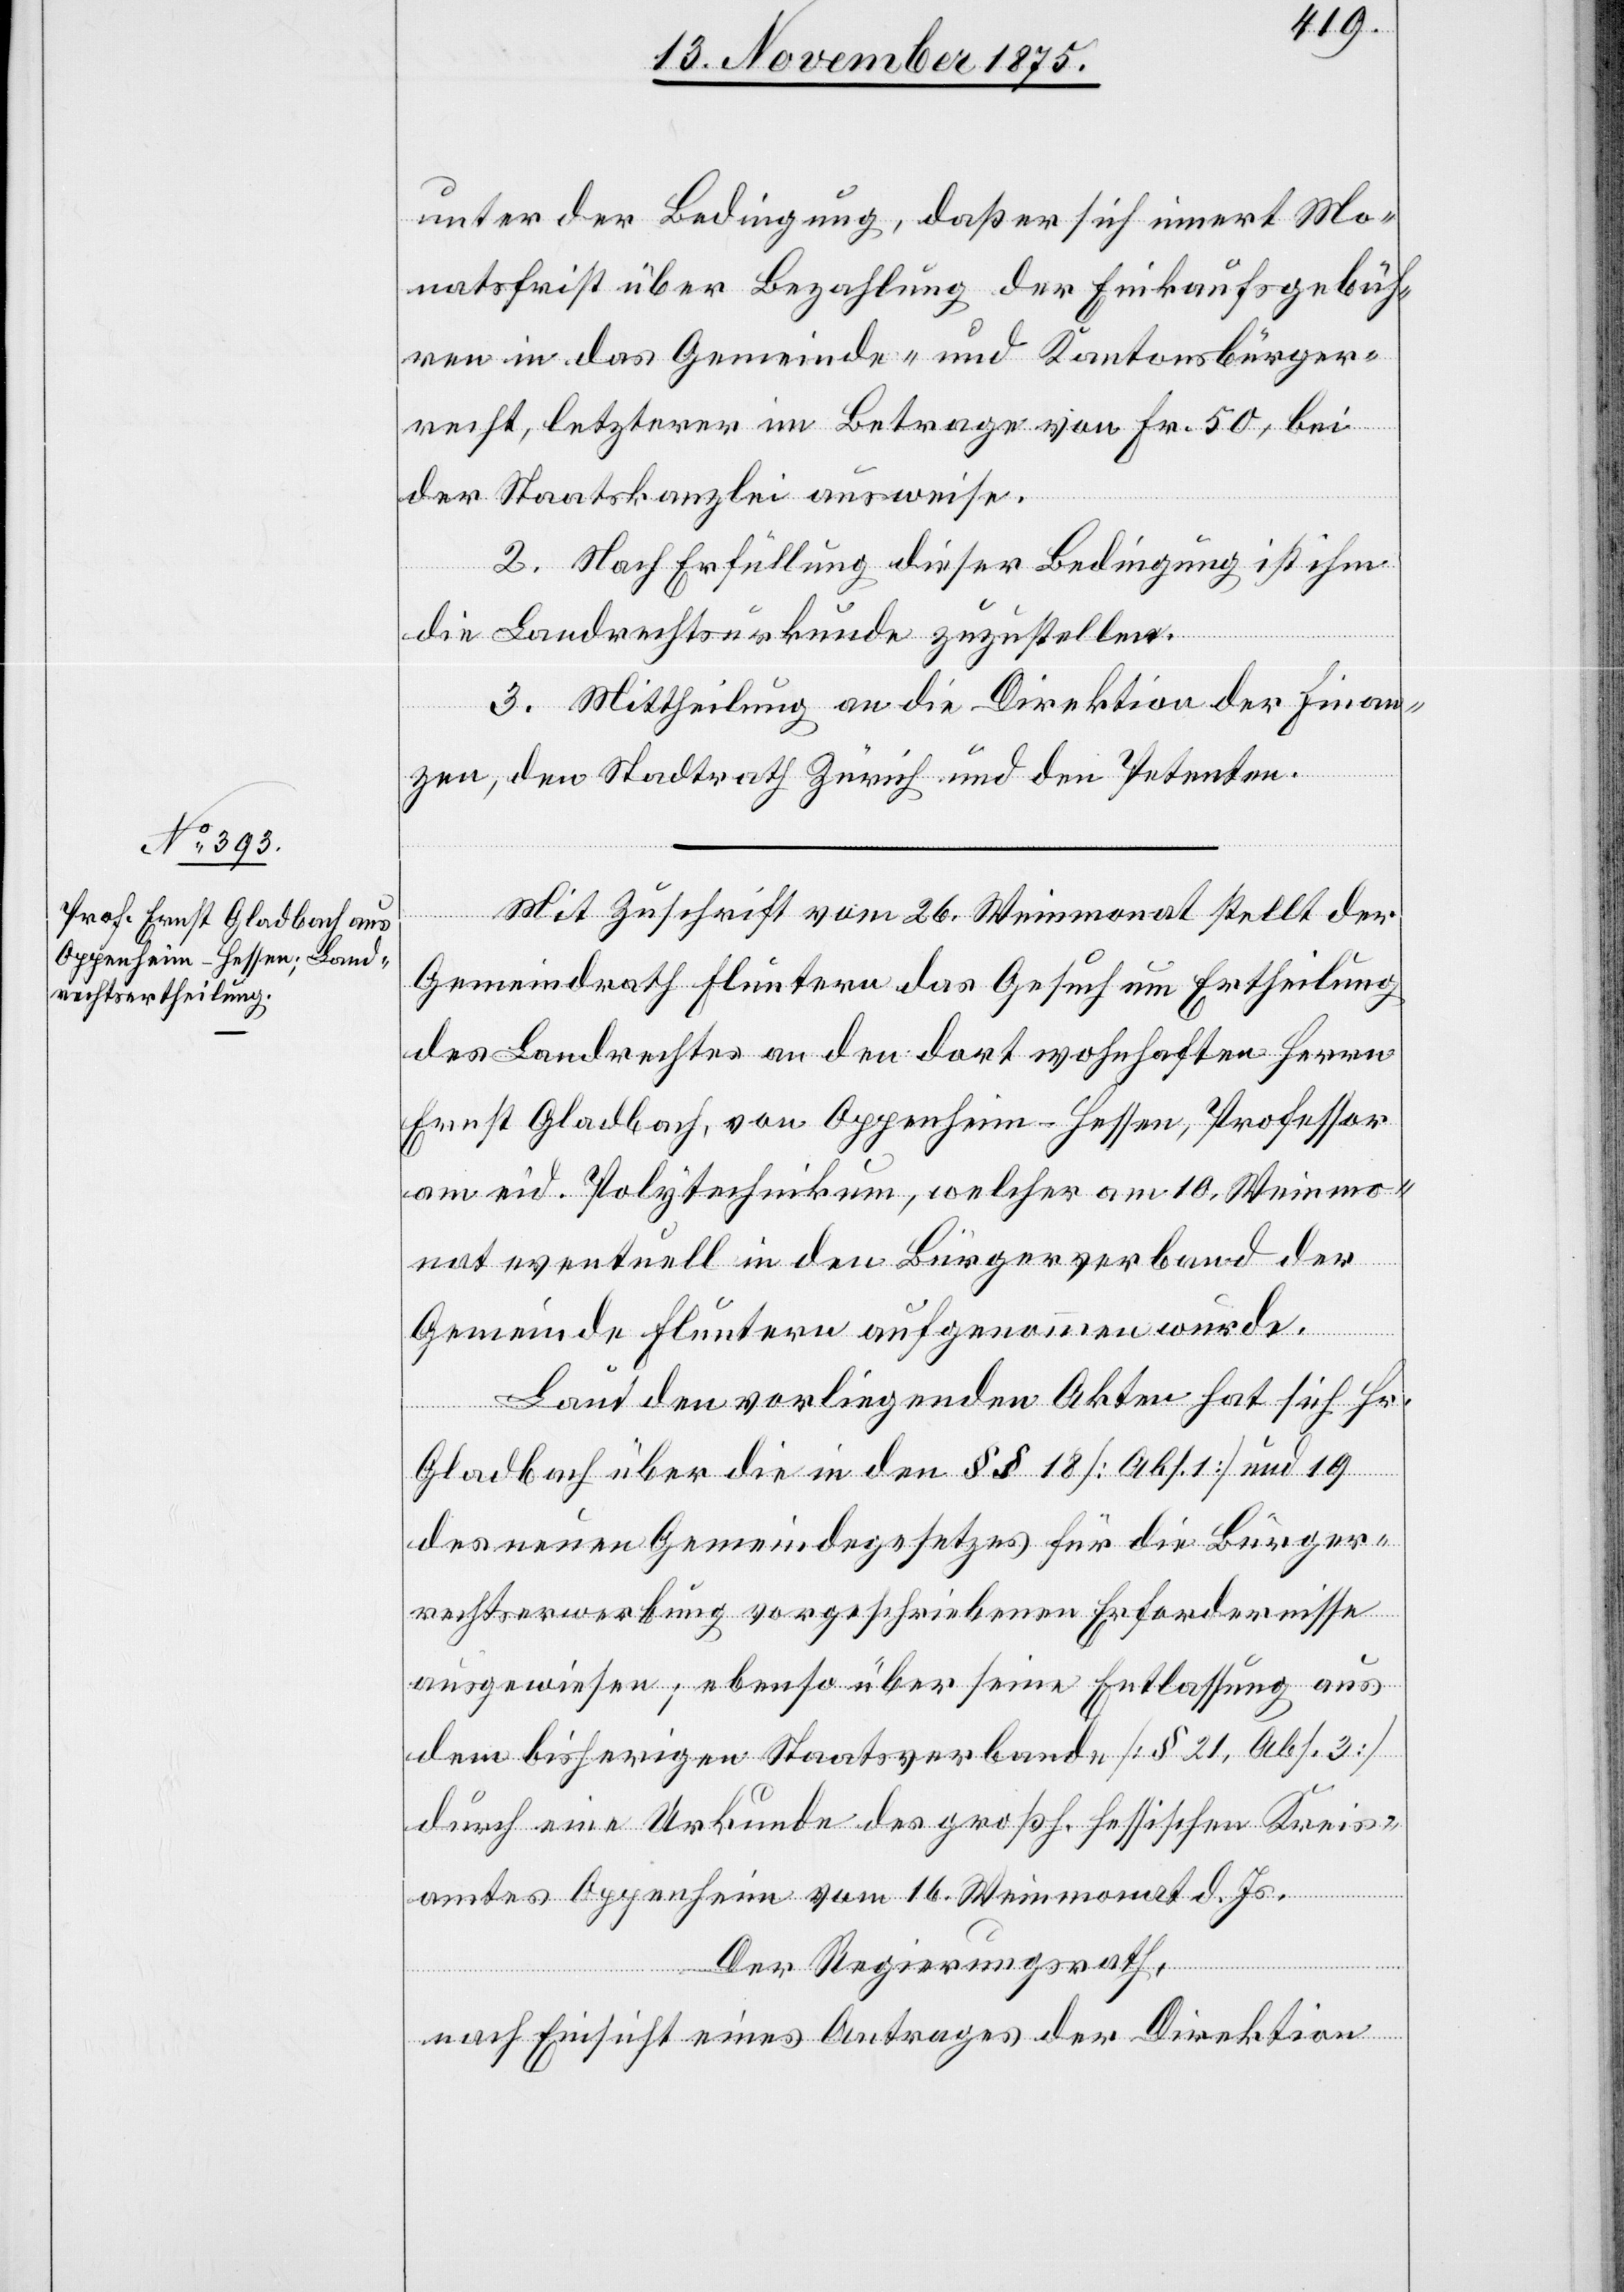
unter der Bedingung, daß er sich innert Mo¬
natsfrist über Bezahlung der Einkaufsgebüh¬
ren in das Gemeinde- und Kantonsbürger¬
recht, letzterer im Betrage von Fr. 50, bei
der Staatskanzlei ausweise.
2. Nach Erfüllung dieser Bedingung ist ihm
die Landrechtsurkunde zuzustellen.
3. Mittheilung an die Direktion der Finan¬
zen, den Stadtrath Zürich und den Petenten.
Mit Zuschrift vom 26. Weinmonat stellt der
Gemeindrath Fluntern das Gesuch um Ertheilung
des Landrechtes an den dort wohnhaften Herrn
Ernst Gladbach, von Oppenheim - Hessen, Professor
am eid. Polytechnikum, welcher am 10. Weinmo¬
nat eventuell in den Bürgerverband der
Gemeinde Fluntern aufgenommen wurde.
Laut den vorliegenden Akten hat sich Hr.
Gladbach über die in den §§ 18 [Abs. 1] und 19
des neuen Gemeindegesetzes für die Bürger¬
rechtserwerbung vorgeschriebenen Erfordernisse
ausgewiesen, ebenso über seine Entlassung aus
dem bisherigen Staatsverbande [§ 21, Abs. 3]
durch eine Urkunde des großh. hessischen Kreis¬
amtes Oppenheim vom 16. Weinmonat d. Js.
Der Regierungsrath,
nach Einsicht eines Antrages der Direktion